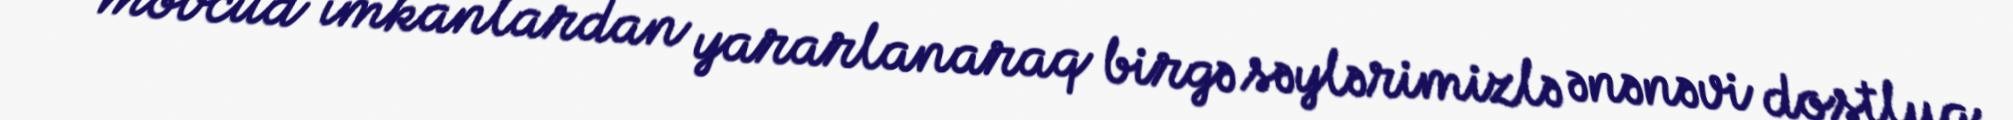
mövcud imkanlardan yararlanaraq birgə səylərimizlə ənənəvi dostluq